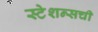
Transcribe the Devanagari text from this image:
स्टेशन्सची